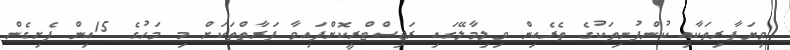
ވިޔަފާރިތަކާއި ކުންފުނިތަކުގެ ތެރެއިން ވިލިމާލޭގައި ރަޖިސްޓްރީކޮށްފައިވާ ފަރާތްތަކަށް މި މަހުގެ 15އިން ފެށިގެން